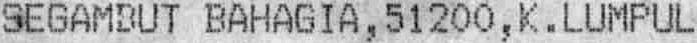
SEGAMBUT BAHAGIA, 51200, K . LUMPUL